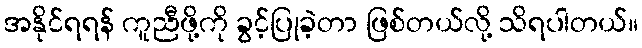
အနိုင်ရရန် ကူညီဖို့ကို ခွင့်ပြုခဲ့တာ ဖြစ်တယ်လို့ သိရပါတယ်။